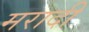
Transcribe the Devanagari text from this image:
मरादी